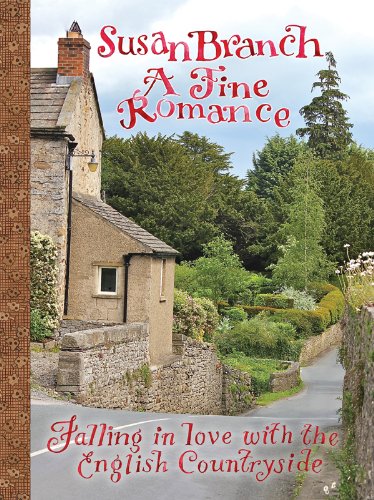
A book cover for A Fine Romance: Falling in Love With the English Countryside; Susan Branch; Humor & Entertainment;